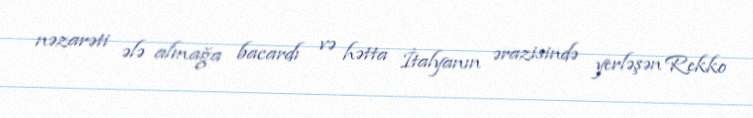
nəzarəti ələ almağa bacardı və hətta İtalyanın ərazisində yerləşən Rekko